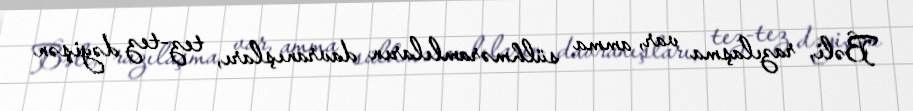
Bəli, razılaşma var, amma sülhməramlıların davranışları, tez-tez dəyişən